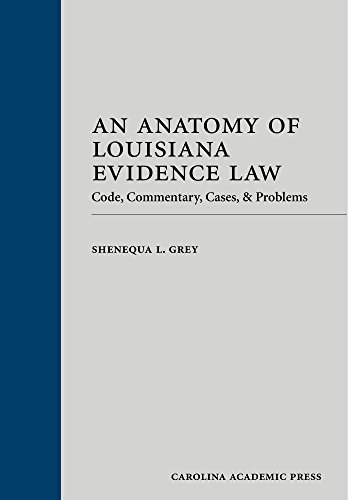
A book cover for An Anatomy of Louisiana Evidence Law: Code, Commentary, Cases & Problems; Shenequa L. Grey; Law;